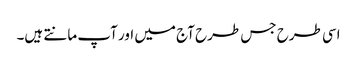
اسی طرح جس طرح آج میں اور آپ مانتے ہیں۔